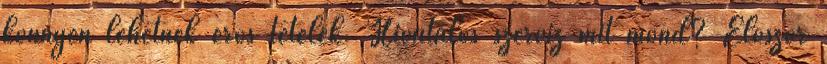
könnyen lehetnek erős tételek. Hivatalos szerviz mit mond? Először